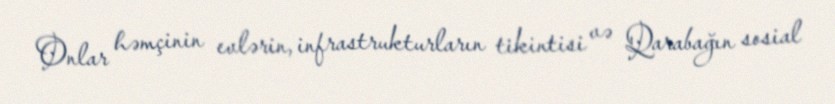
Onlar həmçinin evlərin, infrastrukturların tikintisi və Qarabağın sosial